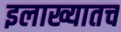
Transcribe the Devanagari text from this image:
इलाख्यातच